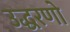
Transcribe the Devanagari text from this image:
उद्धरणो